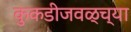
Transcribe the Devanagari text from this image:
कुकडीजवळ्च्या